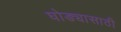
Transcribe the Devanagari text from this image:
घोड्यासाठी